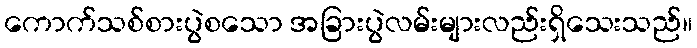
ကောက်သစ်စားပွဲစသော အခြားပွဲလမ်းများလည်းရှိသေးသည်။